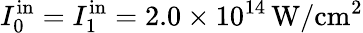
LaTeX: I_{0}^{\mathrm{in}}=I_{1}^{\mathrm{in}}=2.0\times 10^{14}\, \mathrm{W/cm^{2}}